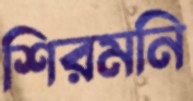
শিরমনি